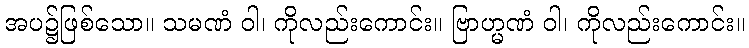
အပ၌ဖြစ်သော။ သမဏံ ဝါ၊ ကိုလည်းကောင်း။ ဗြာဟ္မဏံ ဝါ၊ ကိုလည်းကောင်း။